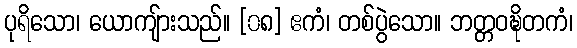
ပုရိသော၊ ယောကျ်ားသည်။ [၀၈] ဧကံ၊ တစ်ပွဲသော။ ဘတ္တဝဍ္ဎိတကံ၊